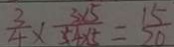
\frac { 3 } { 4 } \times \frac { 3 \times 5 } { 5 4 \times 5 } = \frac { 1 5 } { 2 0 }